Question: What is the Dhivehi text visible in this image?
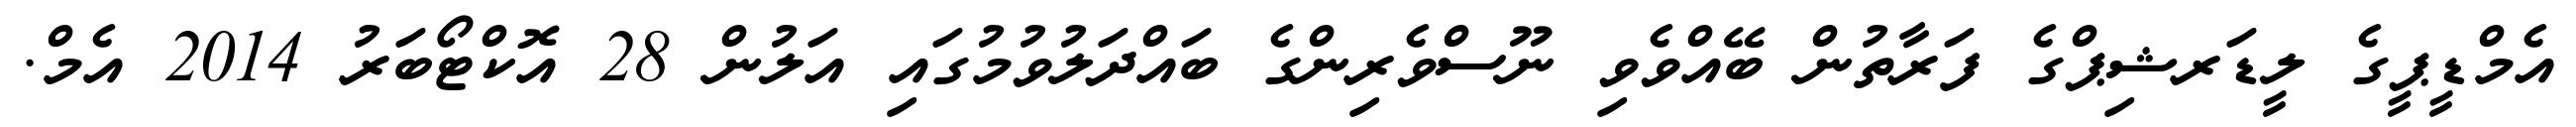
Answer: އެމްޑީޕީގެ ލީޑަރޝިޕްގެ ފަރާތުން ބޭއްވެވި ނޫސްވެރިންގެ ބައްދަލުވުމުގައި އަލުން 28 އޮކްޓޯބަރު 2014 އެމް.